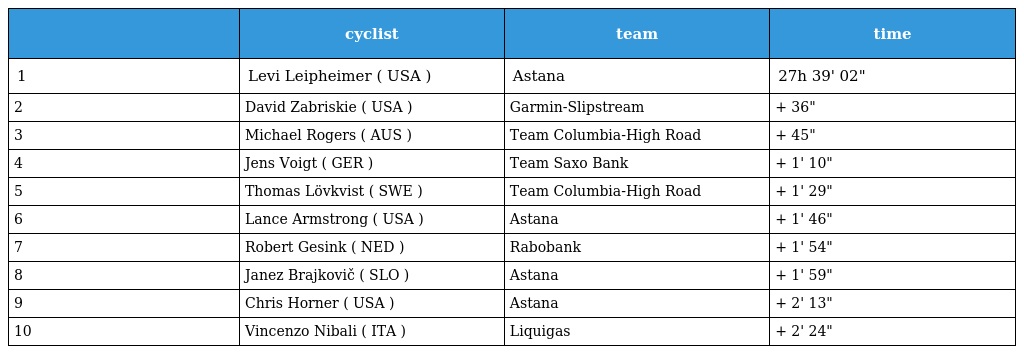
|  | cyclist | team | time |
 | --- | --- | --- | --- |
 | 1 | Levi Leipheimer ( USA ) | Astana | 27h 39' 02" |
 | 2 | David Zabriskie ( USA ) | Garmin-Slipstream | + 36" |
 | 3 | Michael Rogers ( AUS ) | Team Columbia-High Road | + 45" |
 | 4 | Jens Voigt ( GER ) | Team Saxo Bank | + 1' 10" |
 | 5 | Thomas Lövkvist ( SWE ) | Team Columbia-High Road | + 1' 29" |
 | 6 | Lance Armstrong ( USA ) | Astana | + 1' 46" |
 | 7 | Robert Gesink ( NED ) | Rabobank | + 1' 54" |
 | 8 | Janez Brajkovič ( SLO ) | Astana | + 1' 59" |
 | 9 | Chris Horner ( USA ) | Astana | + 2' 13" |
 | 10 | Vincenzo Nibali ( ITA ) | Liquigas | + 2' 24" |